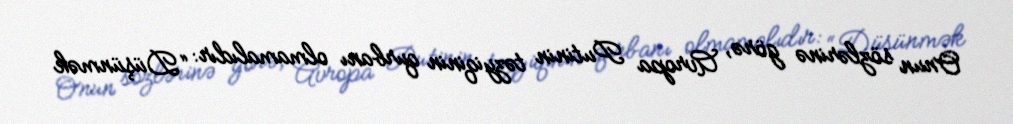
Onun sözlərinə görə, Avropa Putinin təzyiqinin qurbanı olmamalıdır: “Düşünmək